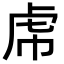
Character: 𧆞